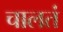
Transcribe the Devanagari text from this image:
चालतं